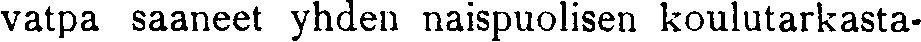
vatpa saaneet yhden naispuolisen koulutarkasta-